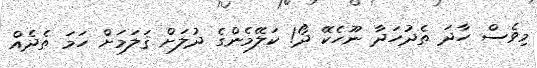
މިވެސް ހާދަ ތެދުހަދާ ނޫހެކޭ ދޯ! ކަލޭމެންގެ ދުލަށް ޤަލަމަށް ހަމަ ތެދެއް